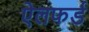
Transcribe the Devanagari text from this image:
ऐलफर्ड